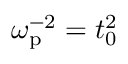
\omega _ { \mathrm { p } } ^ { - 2 } = t _ { 0 } ^ { 2 }